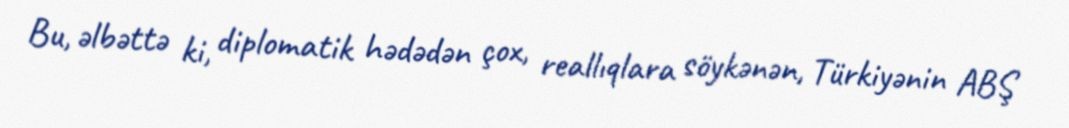
Bu, əlbəttə ki, diplomatik hədədən çox, reallıqlara söykənən, Türkiyənin ABŞ